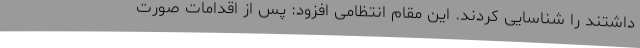
داشتند را شناسایی کردند. این مقام انتظامی افزود: پس از اقدامات صورت